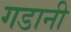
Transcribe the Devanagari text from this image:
गडानी